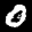
Label: 0